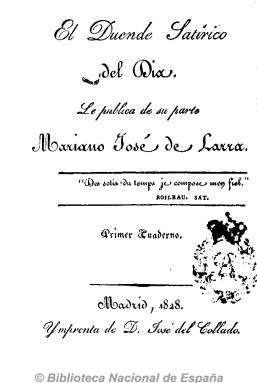
Título: El Duende satírico del día
Colección: Revistas satíricas y humorísticas
Ámbito geográfico: Madrid
Lugar de publicación: Madrid
Fechas: 01/01/1828-31/12/1828

Primer proyecto periodístico de una de las más destacadas figuras del romanticismo y el costumbrismo español, Mariano José de Larra (1809-1837) que, a la edad de diecinueve años, publica a lo largo de 1828, en un momento de liviana apertura de la dura censura del final del decenio ultrarrealista calomardino, que dará paso a una prensa de carácter literario. A lo largo de ese año, Larra dará a la estampa un total de cinco cuadernos bajo esta cabecera, utilizando para ello hasta cuatro imprentas (las de José del Collado, Norberto Llorenci, Repullés y L. Amarita), y entre 36 y 72 páginas cada uno.

En la línea de la revista inglesa The Spectator, contiene una serie de artículos de costumbres y de crítica literaria y teatral, entre los que destacan “Diálogo: el duende y el librero”, “Corridas de toros”, “El café” o “Donde las dan las toman”, escritos en un estilo sarcástico, crítico y mordaz, aunque no político, en donde Larra se muestra asimismo favorable al neoclasicismo y polemizará con el Correo literario y mercantil, de José María Carnerero. Su autor repudiará posteriormente esta primera producción periodística.